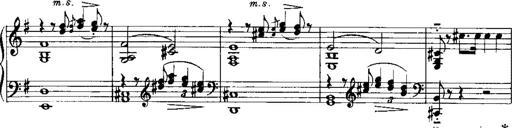
Title: RÃ©miniscences de Norma de Bellini
Composer: Franz Liszt